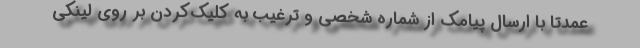
عمدتا با ارسال پیامک از شماره شخصی و ترغیب به کلیک‌کردن بر روی لینکی